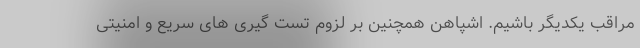
مراقب یکدیگر باشیم. اشپاهن همچنین بر لزوم تست گیری های سریع و امنیتی